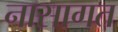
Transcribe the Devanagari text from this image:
नासागत